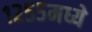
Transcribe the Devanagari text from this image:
१२५५मध्ये